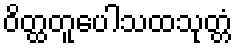
ဝိတ္ထတူပေါသထသုတ္တံ